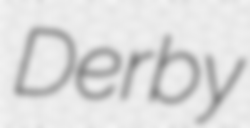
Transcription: Derby